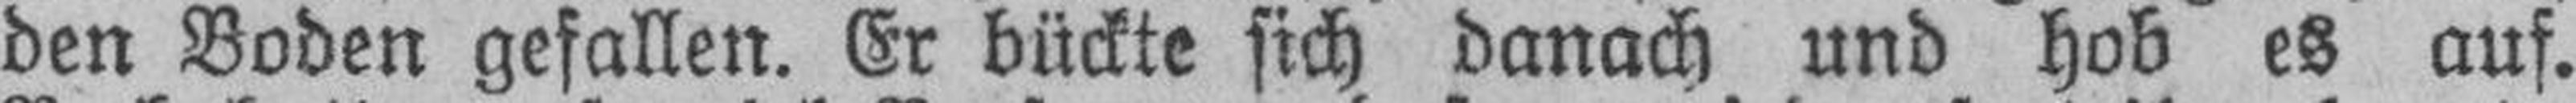
den Boden gefallen. Er bückte sich danach und hob es auf.